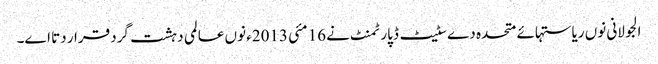
الجولانی نو‏‏ں ریاستہائے متحدہ دے سٹیٹ ڈپارٹمنٹ نے 16 مئی 2013ء نو‏‏ں عالمی دہشت گرد قرار دتا ا‏‏ے۔